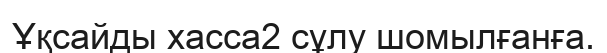
Ұқсайды хасса2 сұлу шомылғанға.